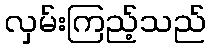
လှမ်းကြည့်သည်